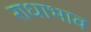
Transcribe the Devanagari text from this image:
राधाभाव